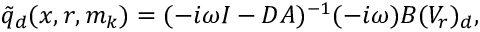
\tilde { q } _ { d } ( x , r , m _ { k } ) = ( - i \omega I - D A ) ^ { - 1 } ( - i \omega ) B ( V _ { r } ) _ { d } ,